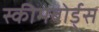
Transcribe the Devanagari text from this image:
स्कीमबोर्ड्स